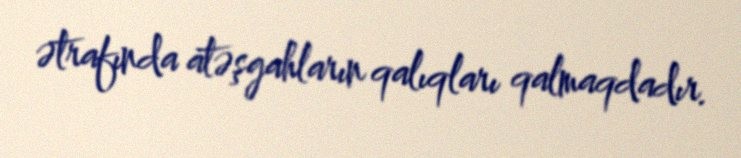
ətrafında atəşgahların qalıqları qalmaqdadır.